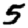
Digit: 5